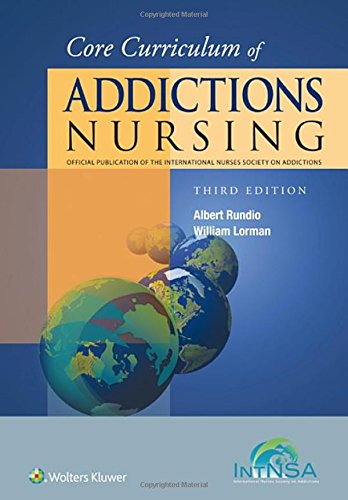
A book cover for Core Curriculum of Addictions Nursing: An Official Publication of the IntNSA; Albert Rundio PhD  DNP  RN  APRN  NEA-B; Medical Books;